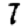
Digit: 7